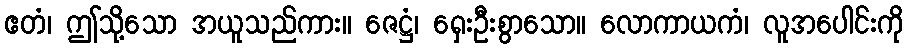
ဧတံ၊ ဤသို့သော အယူသည်ကား။ ဇေဋ္ဌံ၊ ရှေးဦးစွာသော။ လောကာယကံ၊ လူအပေါင်းကို